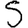
Digit: 5